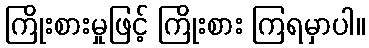
ကြိုးစားမှုဖြင့် ကြိုးစား ကြရမှာပါ။